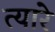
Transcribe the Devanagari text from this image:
त्यारे